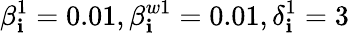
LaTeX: \beta_{\mathbf{i}}^{1}=0.01,\beta_{\mathbf{i}}^{w1}=0.01,\delta_{\mathbf{i}}^{1}=3